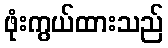
ဖုံးကွယ်ထားသည်